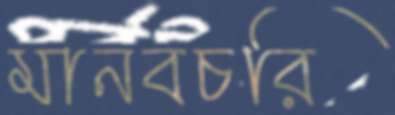
মানবচরি